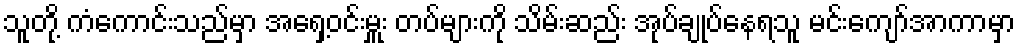
သူတို့ ကံကောင်းသည်မှာ အရှေ့ဝင်းမှူး တပ်များကို သိမ်းဆည်း အုပ်ချုပ်နေရသူ မင်းကျော်အာကာမှာ